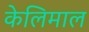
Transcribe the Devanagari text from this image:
केलिमाल